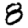
Digit: 8